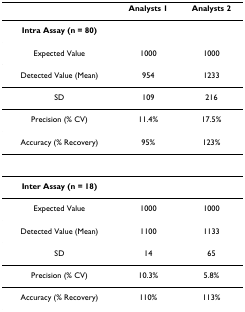
|  | Analysts 1 | Analysts 2 |
 | --- | --- | --- |
 | Intra Assay (n = 80) |  |  |
 | Expected Value | 1000 | 1000 |
 | Detected Value (Mean) | 954 | 1233 |
 | SD | 109 | 216 |
 | Precision (% CV) | 11.4% | 17.5% |
 | Accuracy (% Recovery) | 95% | 123% |
 | Inter Assay (n = 18) |  |  |
 | Expected Value | 1000 | 1000 |
 | Detected Value (Mean) | 1100 | 1133 |
 | SD | 14 | 65 |
 | Precision (% CV) | 10.3% | 5.8% |
 | Accuracy (% Recovery) | 110% | 113% |